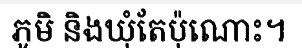
ភូមិ និងឃុំតែប៉ុណោះ។